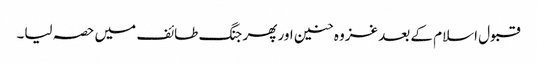
قبول اسلام کے بعد غزوہ حنین اور پھر جنگ طائف میں حصہ لیا۔